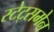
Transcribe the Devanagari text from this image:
स्टेट्समेन